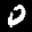
Label: 0